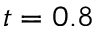
t = 0 . 8